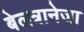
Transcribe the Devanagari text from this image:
बेलत्रानेजा